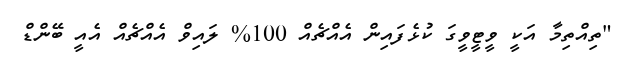
"ތިއްތިމާ އަކީ ވީޓީވީގަ ކުޅެފައިން އެއްޗެއް 100% ލައިވް އެއްޗެއް އެއީ ބޭންޑް